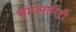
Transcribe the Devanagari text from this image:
मॉयनारिटी